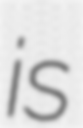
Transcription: is